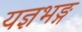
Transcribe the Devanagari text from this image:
यज्ञभङ्ग